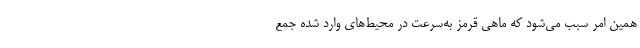
همین امر سبب می‌شود که ماهی قرمز به‌سرعت در محیط‌های وارد شده جمع